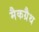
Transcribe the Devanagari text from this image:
मैकग्रैथ